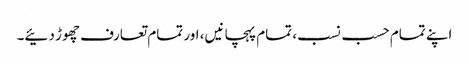
اپنے تمام حسب نسب، تمام پہچانیں، اور تمام تعارف چھوڑ دئیے۔